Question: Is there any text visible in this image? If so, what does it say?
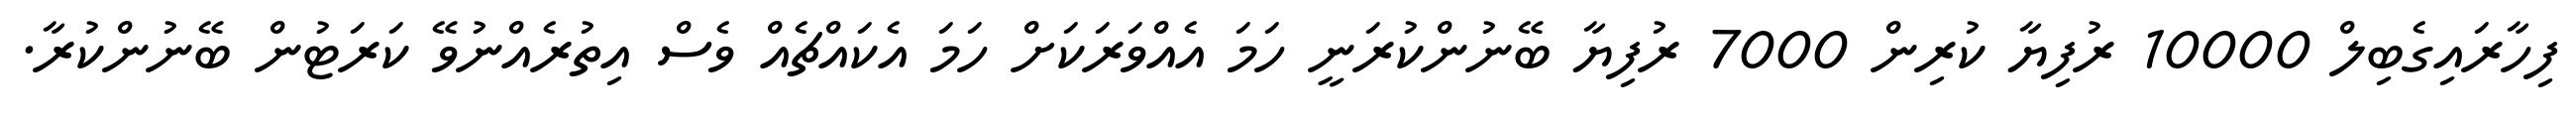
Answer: ފިހާރައިގެބިލް 10000 ރުފިޔާ ކުރިން 7000 ރުފިޔާ ބޭނުންކުރަނީ ހަމަ އެއްވަރަކަށް ހަމަ އެކައްޗެއް ވެސް އިތުރެއްނުވޭ ކަރަޓުން ބޭނުންކުރާ.